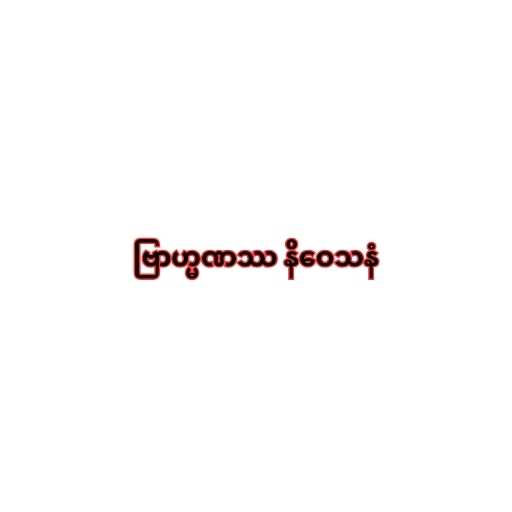
ဗြာဟ္မဏဿ နိဝေသနံ